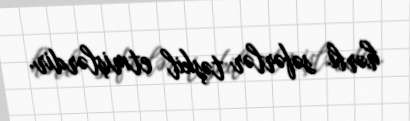
hərbi səfərlər təşkil etmişlərdir.